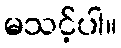
မသင့်ပါ။